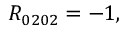
R _ { 0 2 0 2 } = - 1 ,